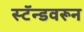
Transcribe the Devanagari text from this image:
स्टॅन्डवरून